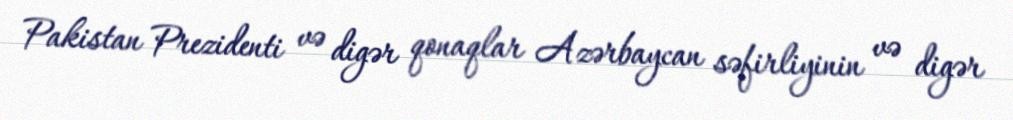
Pakistan Prezidenti və digər qonaqlar Azərbaycan səfirliyinin və digər